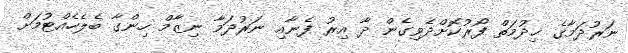
ނަރުދަމާގެ ޚިދުމަތް ފޯރުކޮށްދެވިގެން ދާ އިރު ފެނާއި ނަރުދަމާ ނިޒާމް ހިންގާ ބެލެހެއްޓުމަށް